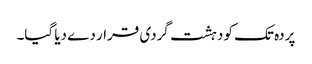
پردہ تک کو دہشت گردی قرار دے دیا گیا۔